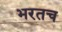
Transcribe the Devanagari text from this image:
भरतच